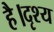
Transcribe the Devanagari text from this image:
है।दृश्य